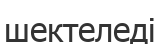
шектеледі